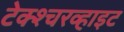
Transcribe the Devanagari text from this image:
टेक्श्चरव्हाइट